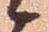
候